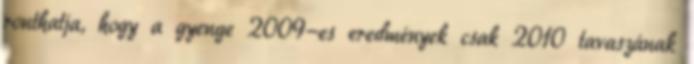
ronthatja, hogy a gyenge 2009-es eredmények csak 2010 tavaszának